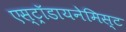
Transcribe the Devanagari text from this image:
एस्ट्राॅडायनेमिस्ट